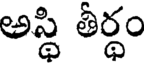
అస్థి తీర్థం